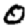
Digit: 0